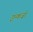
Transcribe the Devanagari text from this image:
इन्कर्ज़ा